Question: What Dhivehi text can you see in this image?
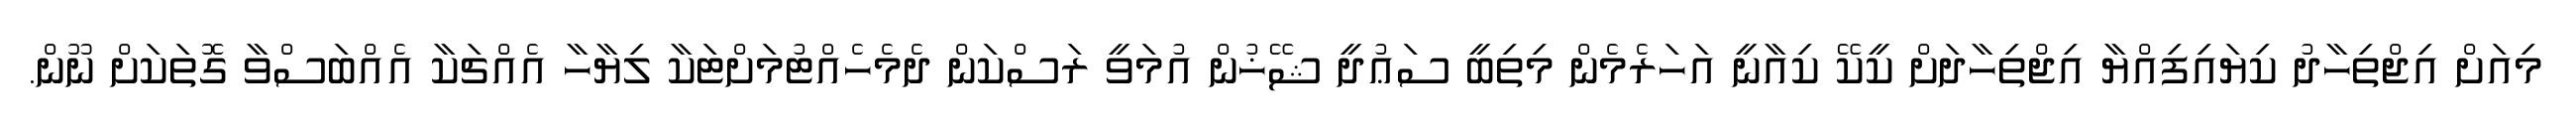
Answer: މިއަށް އިޖްތިހާދު ކިޔައިފިއްޔާ އިޖްތިހާދަށް ކީކޭ ކިއާނީ އަހަރެމެން މިތިބީ ސަޢުދީ ޝޭޚުން އުމަވީ ރަސްކަން ދެމެހެއްޓުމަށްޓަކާ ލިޔާހާ އެއްޗަކާ އެއްބަސްވާ ގޮތަކަށް ނޫން.